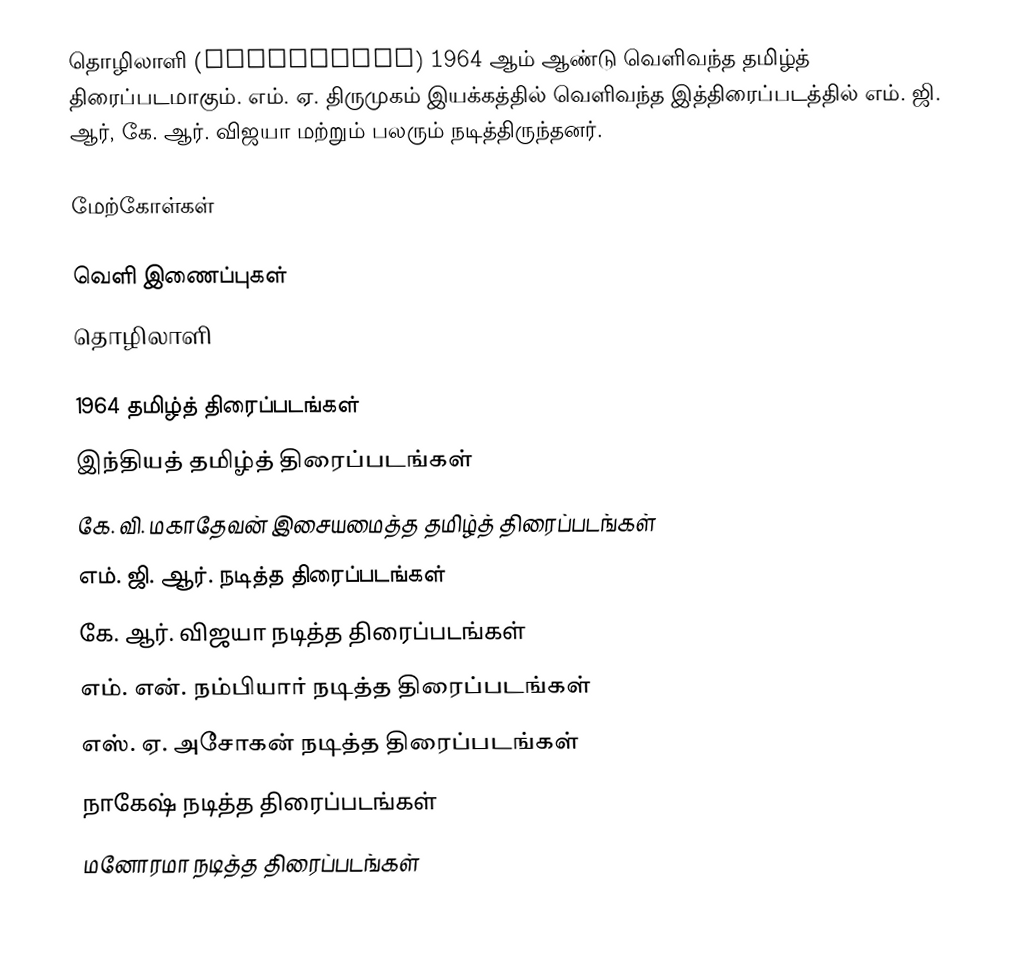
தொழிலாளி (Thozhilali) 1964 ஆம் ஆண்டு வெளிவந்த தமிழ்த் திரைப்படமாகும். எம். ஏ. திருமுகம் இயக்கத்தில் வெளிவந்த இத்திரைப்படத்தில் எம். ஜி. ஆர், கே. ஆர். விஜயா மற்றும் பலரும் நடித்திருந்தனர்.

மேற்கோள்கள்

வெளி இணைப்புகள்
 தொழிலாளி

1964 தமிழ்த் திரைப்படங்கள்
இந்தியத் தமிழ்த் திரைப்படங்கள்
கே. வி. மகாதேவன் இசையமைத்த தமிழ்த் திரைப்படங்கள்
எம். ஜி. ஆர். நடித்த திரைப்படங்கள்
கே. ஆர். விஜயா நடித்த திரைப்படங்கள்
எம். என். நம்பியார் நடித்த திரைப்படங்கள்
எஸ். ஏ. அசோகன் நடித்த திரைப்படங்கள்
நாகேஷ் நடித்த திரைப்படங்கள்
மனோரமா நடித்த திரைப்படங்கள்